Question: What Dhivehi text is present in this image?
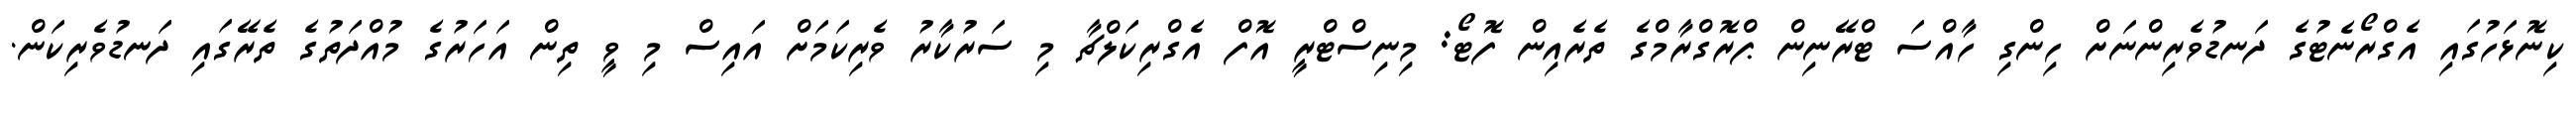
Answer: ކިނޮޅަހުގައި އެގްރޯނެޓުގެ ދަނޑުވެރިންނަށް ހިންގި ހާއްސަ ޓްރޭނިން ޕްރޮގްރާމްގެ ތެރެއިން ފޮޓޯ: މިނިސްޓްރީ އޮފް އެގްރިކަލްޗާ މި ސަރުކާރު ވެރިކަމަށް އައިސް މި ވީ ތިން އަހަރުގެ މުއްދަތުގެ ތެރޭގައި ދަނޑުވެރިކަން.